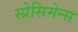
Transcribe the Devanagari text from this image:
स्प्रेसिमेन्स